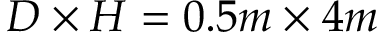
D \times H = 0 . 5 m \times 4 m